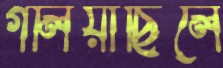
গলিয়াছিলে